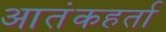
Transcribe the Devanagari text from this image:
आतंकहर्ता